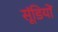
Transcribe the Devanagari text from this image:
सूंडियों